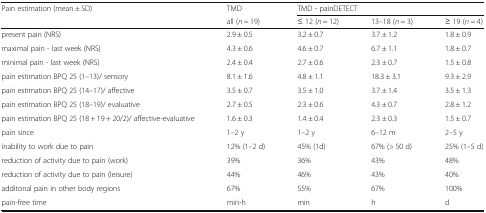
<table><thead><tr><td rowspan="2"><b>Pain estimation (mean ± SD)</b></td><td><b>TMD</b></td><td colspan="3"><b>TMD - painDETECT</b></td></tr><tr><td><b>all (<i>n</i> = 19)</b></td><td><b>≤ 12 (<i>n</i> = 12)</b></td><td><b>13–18 (<i>n</i> = 3)</b></td><td><b>≥ 19 (<i>n</i> = 4)</b></td></tr></thead><tbody><tr><td>present pain (NRS)</td><td>2.9 ± 0.5</td><td>3.2 ± 0.7</td><td>3.7 ± 1.2</td><td>1.8 ± 0.9</td></tr><tr><td>maximal pain - last week (NRS)</td><td>4.3 ± 0.6</td><td>4.6 ± 0.7</td><td>6.7 ± 1.1</td><td>1.8 ± 0.7</td></tr><tr><td>minimal pain - last week (NRS)</td><td>2.4 ± 0.4</td><td>2.7 ± 0.6</td><td>2.3 ± 0.7</td><td>1.5 ± 0.8</td></tr><tr><td>pain estimation BPQ 25 (1–13)/ sensory</td><td>8.1 ± 1.6</td><td>4.8 ± 1.1</td><td>18.3 ± 3.1</td><td>9.3 ± 2.9</td></tr><tr><td>pain estimation BPQ 25 (14–17)/ affective</td><td>3.5 ± 0.7</td><td>3.5 ± 1.0</td><td>3.7 ± 1.4</td><td>3.5 ± 1.3</td></tr><tr><td>pain estimation BPQ 25 (18–19)/ evaluative</td><td>2.7 ± 0.5</td><td>2.3 ± 0.6</td><td>4.3 ± 0.7</td><td>2.8 ± 1.2</td></tr><tr><td>pain estimation BPQ 25 (18 + 19 + 20/2)/ affective-evaluative</td><td>1.6 ± 0.3</td><td>1.4 ± 0.4</td><td>2.3 ± 0.3</td><td>1.5 ± 0.7</td></tr><tr><td>pain since</td><td>1–2 y</td><td>1–2 y</td><td>6–12 m</td><td>2–5 y</td></tr><tr><td>inability to work due to pain</td><td>12% (1–2 d)</td><td>45% (1d)</td><td>67% (&gt; 50 d)</td><td>25% (1–5 d)</td></tr><tr><td>reduction of activity due to pain (work)</td><td>39%</td><td>36%</td><td>43%</td><td>48%</td></tr><tr><td>reduction of activity due to pain (leisure)</td><td>44%</td><td>46%</td><td>43%</td><td>40%</td></tr><tr><td>additonal pain in other body regions</td><td>67%</td><td>55%</td><td>67%</td><td>100%</td></tr><tr><td>pain-free time</td><td>min-h</td><td>min</td><td>h</td><td>d</td></tr></tbody></table>